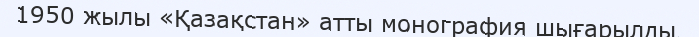
1950 жылы «Қазақстан» атты монография шығарылды.